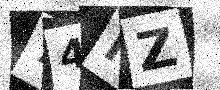
Text: 74NZ